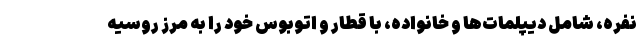
نفره، شامل دیپلمات‌ها و خانواده، با قطار و اتوبوس خود را به مرز روسیه